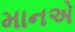
માનએ